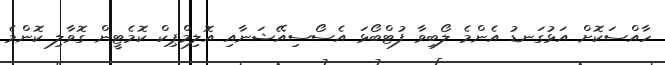
ހާއްސަކޮށް އަޅުގަނޑު އެންމެ ލޯބިވާ ފުޓްބޯޅަ އެސޯސިއޭޝަނާއި އޮލިމްޕިކް ކޮމެޓީން ގޮވާލި ކޮންމެ